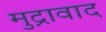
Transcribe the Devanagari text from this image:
मुद्रावाद